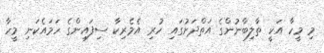
މި މީހާ އަކީ ތާލިބާނުންގެ އަތްދަށުގައި ހުރި އެމެރިކާ ސިފައިންގެ ހަމައެކަނި މީހާ